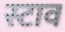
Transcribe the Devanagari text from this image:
स्टाव